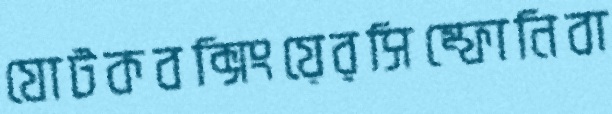
যোটকবক্সিংয়েরসিম্ফোনিবা